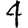
Digit: 4